Civil Veterinary Dept. North-West Frontier Province 1933-46 - 1933-1946
Year: 1933
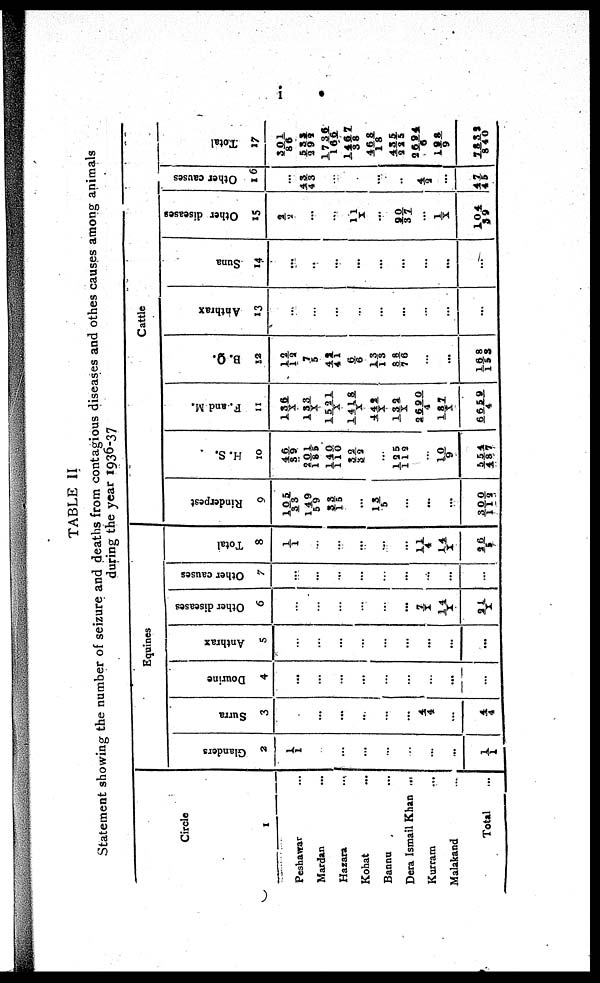
i
TABLE II
Statement showing the number of seizure and deaths from contagious diseases and othes causes among animals
during the year 1936-37
Circle
1
Peshawar ...
Mardan ...
Hazara ...
Kohat ...
Bannu ...
Dera Ismail Khan ...
Kurram
...
Malakand
...
Total
...
Equines
Glanders
2
1/1
...
...
...
...
...
...
1/1
Surra
3
...
...
...
...
...
4/ 4
...
4/4
Dourine
4
...
...
...
...
...
...
...
...
...
Anthrax
5
...
...
...
...
...
...
...
...
...
Other diseases
6
...
...
...
...
...
...
7/X
14/X
21/1
Other causes
7
...
...
...
...
...
...
...
...
...
Total
8
1/1
...
...
...
...
...
11/4
14/X
26/5
Cattle
Rinderpest
9
105/33
149/59
33/15
...
13/5
...
...
...
300/113
H. S.
10
46/39
201/185
140/110
32/33
...
125/112
...
10/9
554/487
F. and M.
11
136/X
133/X
1521/X
1418/X
442/X
132/4
2690/4
187/X
6659/4
B. Q.
12
12/12
7/5
41/41
6/6
13/13
88/76
...
...
168/153
Anthrax
13
...
...
...
...
...
...
...
...
...
Suna
14
...
...
...
...
...
...
...
...
Other diseases
15
2/2
...
...
11/X
...
20/37
...
1/ X
104/39
Other causes
16
...
43/43
...
...
...
...
4/2
...
47/45
Total
17
301/86
533/399
1736/166
l467/38
468/18
4352/25
2694/6
198/9
7832/840